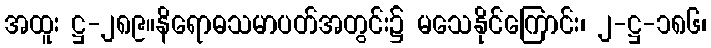
အထူး ဋ္ဌ-၂၈၉။နိရောဓသမာပတ်အတွင်း၌ မသေနိုင်ကြောင်း၊ ၂-ဋ္ဌ-၁၈၆၊